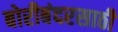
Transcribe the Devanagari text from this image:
बोरीबंदरसाठी